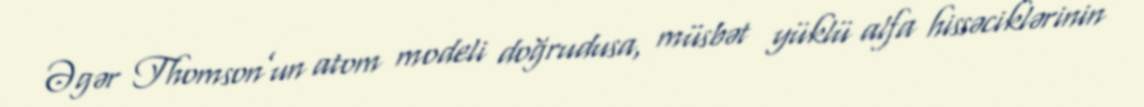
Əgər Thomson’un atom modeli doğrudusa, müsbət yüklü alfa hissəciklərinin